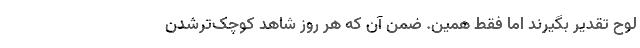
لوح تقدیر بگیرند اما فقط همین. ضمن آن‌ که هر روز شاهد کوچک‌ترشدن